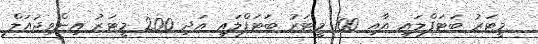
މީޓަރު ބަޓަފްލައި އާއި 100 މީޓަރު ބަޓަފްލައި އަދި 200 މީޓަރު އިންވިޖުއަލް